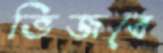
ভিজবে